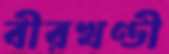
বীরখণ্ডী